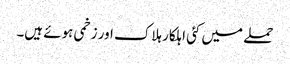
حملے میں کئی اہلکار ہلاک اور زخمی ہوئے ہیں۔